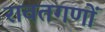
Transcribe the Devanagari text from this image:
रावतगणों